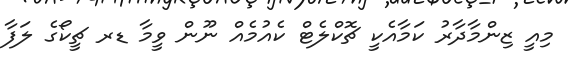
މިއީ ޒިންމާދާރު ކަމާއެކީ ޗޮކްލެޓް ކެއުމެއް ނޫން ވީމާ ޑރ ޗީކޯގެ ލަފާ